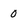
Character: 0